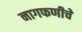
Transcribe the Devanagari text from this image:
नागफणीचे